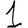
Digit: 1